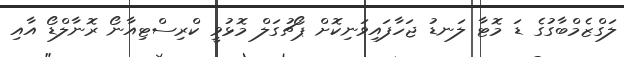
ލަގްޒެމްބާގުގެ ޑަ މޮޓާ ލަނޑު ޖަހާފައިވަނިކޮށް ޕޯޗުގަލް މޮޅުވީ ކްރިސްޓިއާނޯ ރޮނާލްޑޯ އާއި